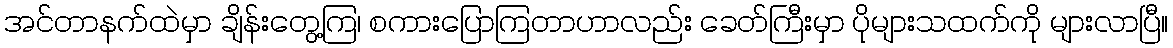
အင်တာနက်ထဲမှာ ချိန်းတွေ့ကြ၊ စကားပြောကြတာဟာလည်း ခေတ်ကြီးမှာ ပိုများသထက်ကို များလာပြီ။